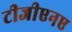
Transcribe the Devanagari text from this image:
टीजीएनए